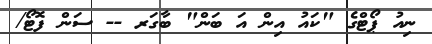
ނިއު ޕޯޓްގެ "ކައު އިން އަ ބަން" ބާގަރ -- ސަން ފޮޓޯ/